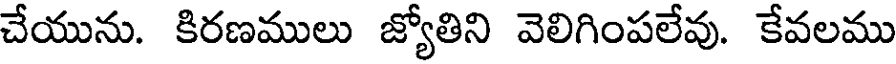
చేయును. కిరణములు జ్యోతిని వెలిగింపలేవు. కేవలము